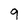
Character: 9